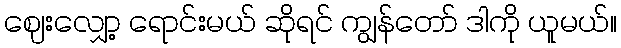
ဈေးလျှော့ ရောင်းမယ် ဆိုရင် ကျွန်တော် ဒါကို ယူမယ်။